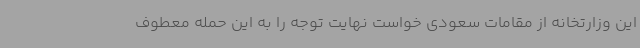
این وزارتخانه از مقامات سعودی خواست نهایت توجه را به این حمله معطوف